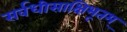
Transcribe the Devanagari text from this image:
सर्वधीसाक्षिभूतम्